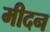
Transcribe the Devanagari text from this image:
मीदन